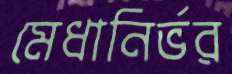
মেধানির্ভর